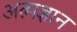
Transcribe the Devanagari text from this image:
अत्मज्ञान